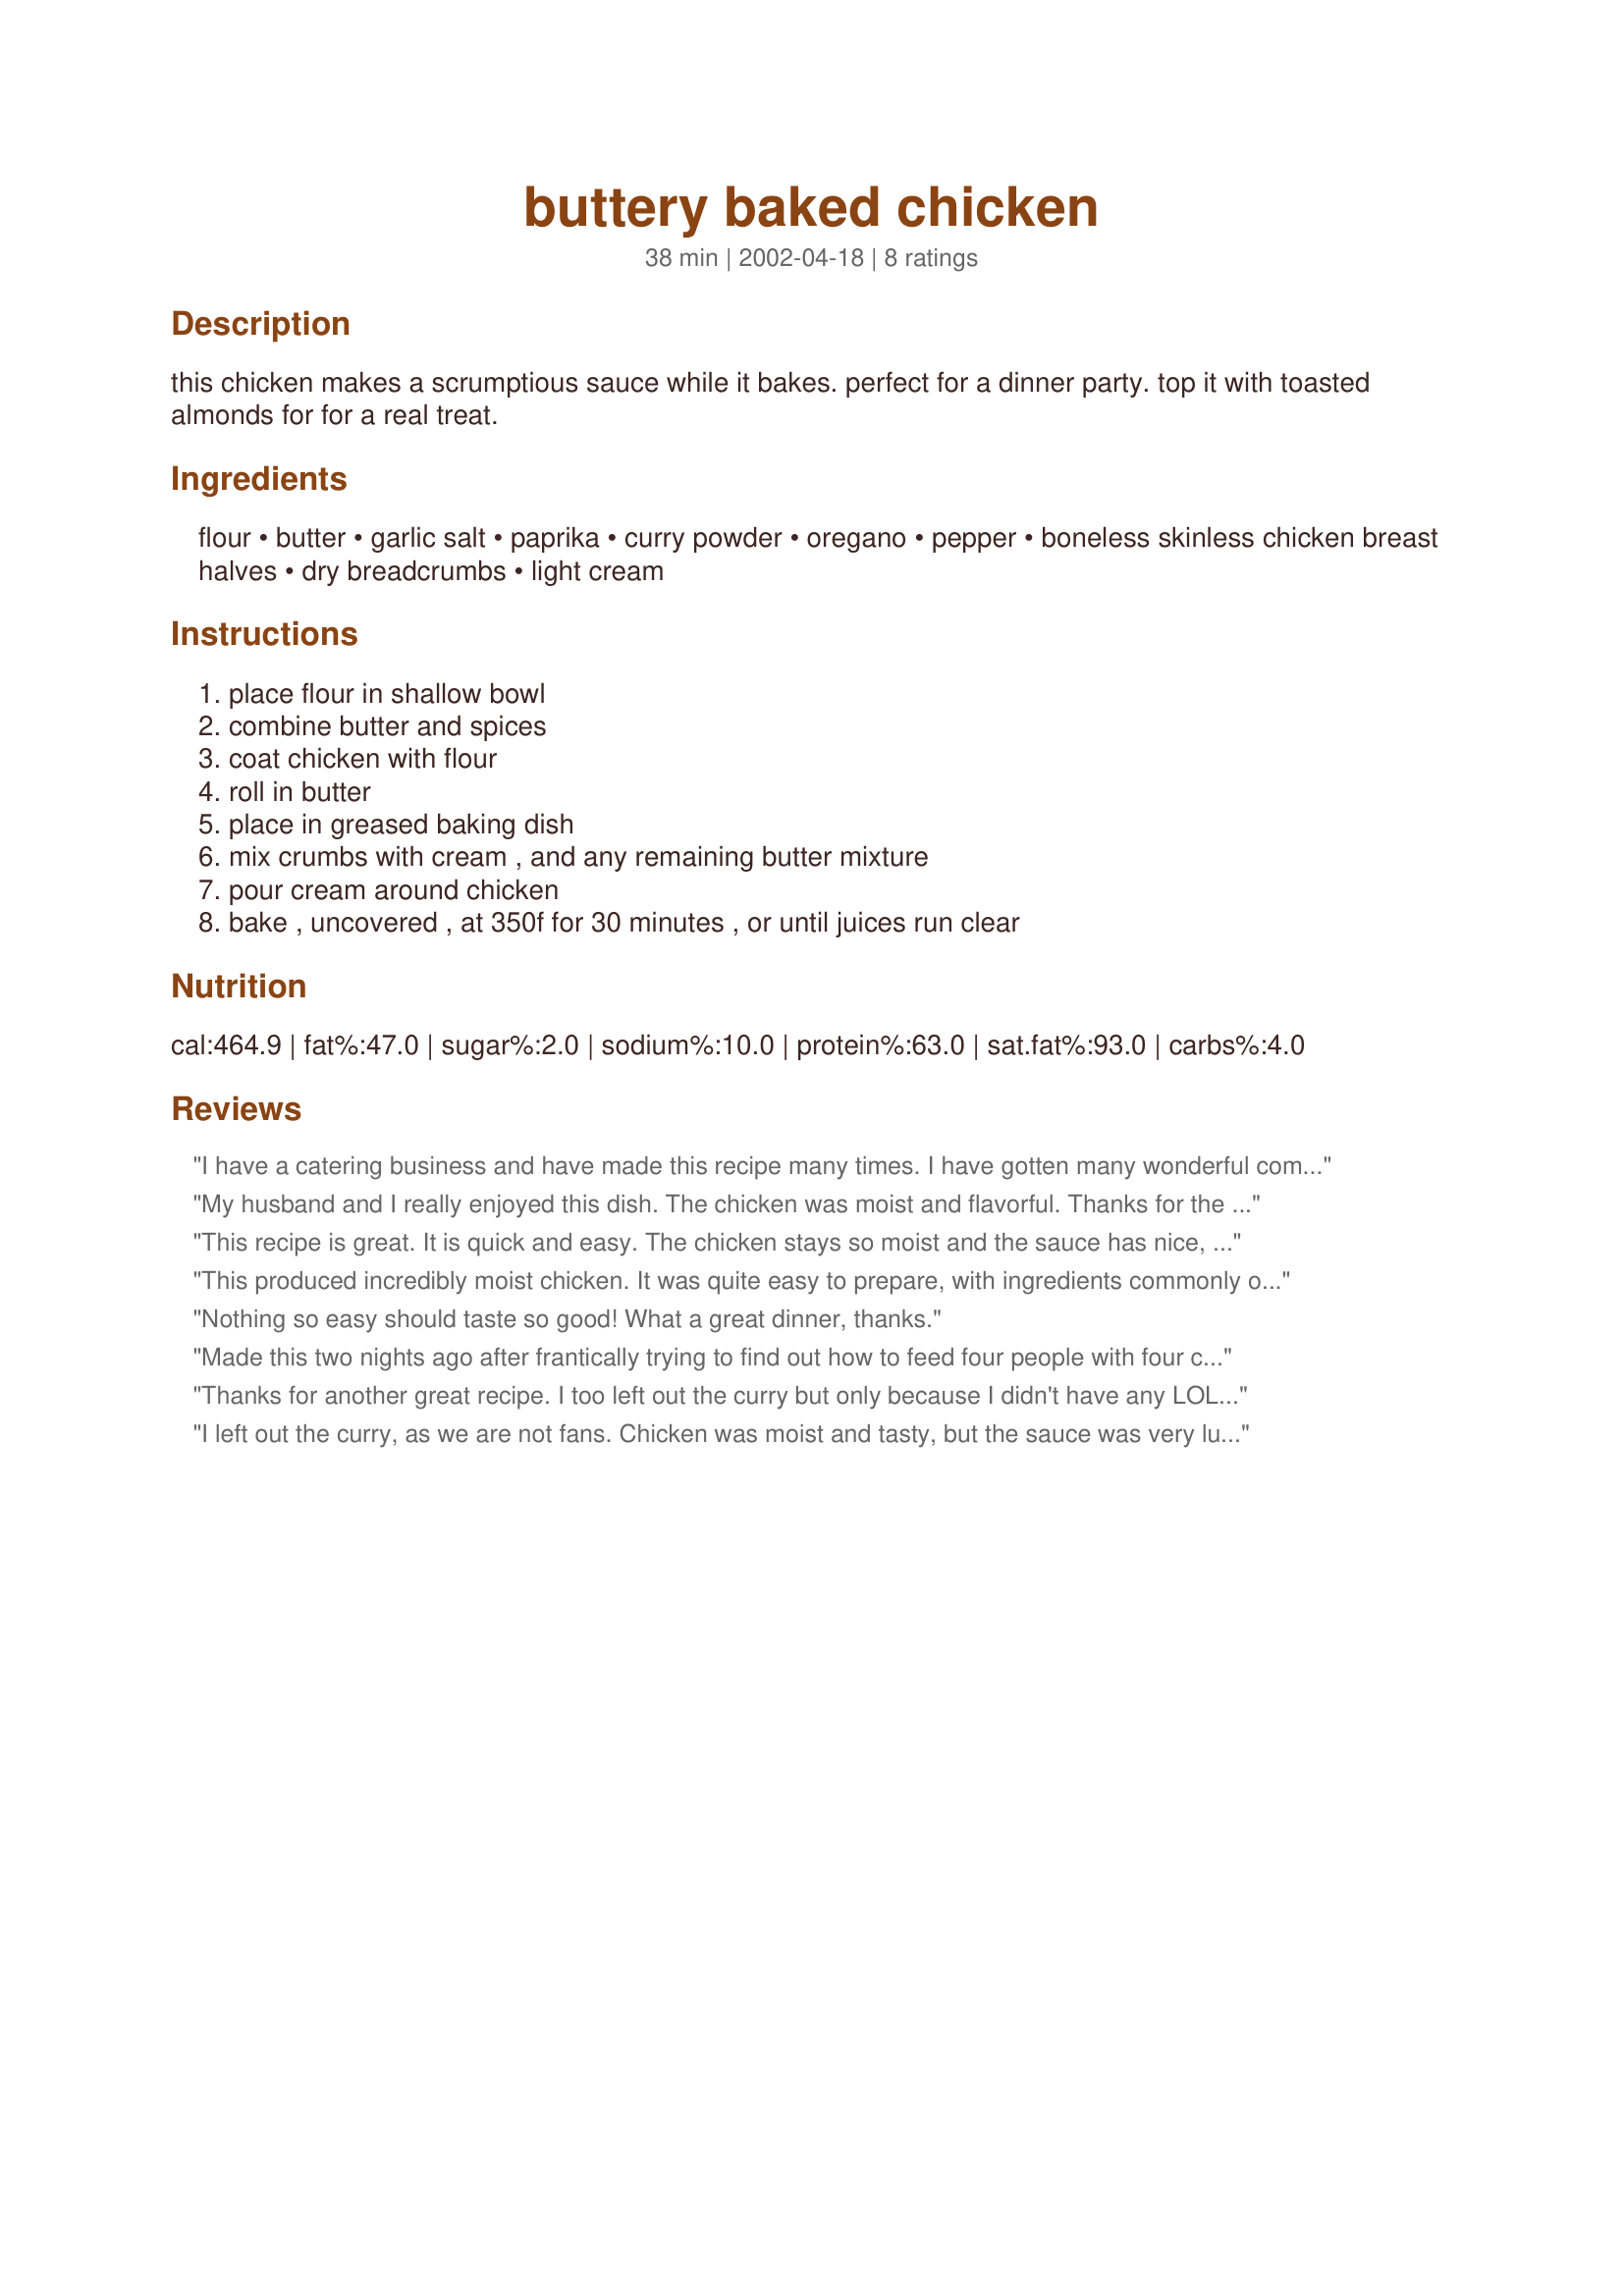
buttery baked chicken
Preparation time: 38 minutes

this chicken makes a scrumptious sauce while it bakes. perfect for a dinner party. top it with toasted almonds for for a real treat.

Ingredients:
flour, butter, garlic salt, paprika, curry powder, oregano, pepper, boneless skinless chicken breast halves, dry breadcrumbs, light cream

Steps:
place flour in shallow bowl, combine butter and spices, coat chicken with flour, roll in butter, place in greased baking dish, mix crumbs with cream , and any remaining butter mixture, pour cream around chicken, bake , uncovered , at 350f for 30 minutes , or until juices run clear

Reviews:
I have a catering business and have made this recipe many times. I have gotten many wonderful compliments.It's very simple and very good!

Kim C.
Virginia
My husband and I really enjoyed this dish. The chicken was moist and flavorful. Thanks for the recipe.
This recipe is great. It is quick and easy. The chicken stays so moist and the sauce has nice, subtle Indian flavors. This is a great dish to make when you want the curry flavor, but are short on time. I usually make 1 1/2 batches of sauce. Doubled sauce seems to be too much, much we like more than a single batch. I serve this over rice and with a quick version of flat bread. (mix one package of pizza crust, divide into 3-4 balls and roll out lightly. Brown on both sides over high heat, in a non-stick skillet.) Terrific meal
This produced incredibly moist chicken. It was quite easy to prepare, with ingredients commonly on hand (I left out the curry though; hubby's preference). The only problem I had has nothing to do with the recipe; someone, either as a joke or a mistake, sold me cayenne pepper masquerading as paprika! The end result was a chicken dish too hot for my husband to eat, and almost too hot for me. Imagine--a full tsp of cayenne in this rich creamy dish! But it was so good otherwise that it thoroughly deserves this 5* rating. I can't wait to make it again--with paprika!
Nothing so easy should taste so good! What a great dinner, thanks.
Made this two nights ago after frantically trying to find out how to feed four people with four chicken breast halves and a couple potatoes, plus miscellanious ingredients on hand. Used a cup half&half and a bit of heavy whipping cream instead of the light cream, and Italian-flavored breadcrumbs that I usually put in meatloaf. It came out wonderful, the whole house liked it, the meat was incredibly moist and tender and it went great with mashed potatoes! Will definitely be making this again.
Thanks for another great recipe. I too left out the curry but only because I didn't have any LOL I also grated a little parmesan cheese over it. Served to friends who went home with the copy I had printed out. Cheers JenT :)
I left out the curry, as we are not fans. Chicken was moist and tasty, but the sauce was very lumpy. Tasted great, just didn't look very appetizing. I would prefer a smooth, creamy sauce over the chicken.
